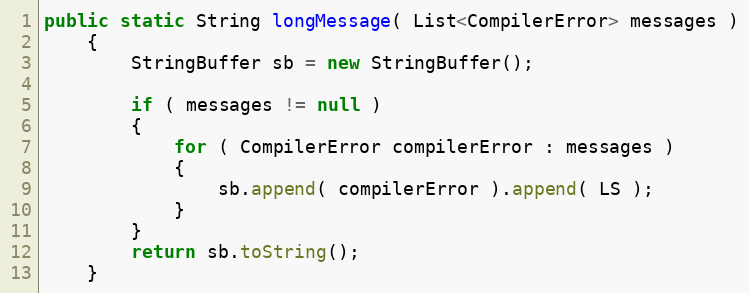
Language: Java
public static String longMessage( List<CompilerError> messages )
    {
        StringBuffer sb = new StringBuffer();

        if ( messages != null )
        {
            for ( CompilerError compilerError : messages )
            {
                sb.append( compilerError ).append( LS );
            }
        }
        return sb.toString();
    }